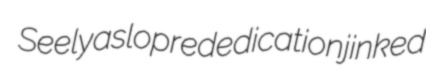
Seely aslop rededication jinked